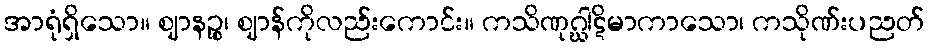
အာရုံရှိသော။ ဈာနဉ္စ၊ ဈာန်ကိုလည်းကောင်း။ ကသိဏုဂ္ဃါဋိမာကာသော၊ ကသိုဏ်းပညတ်